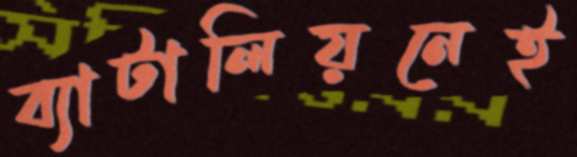
ব্যাটালিয়নেই